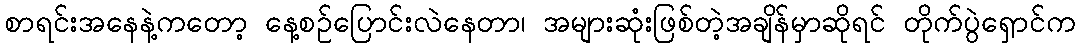
စာရင်းအနေနဲ့ကတော့ နေ့စဉ်ပြောင်းလဲနေတာ၊ အများဆုံးဖြစ်တဲ့အချိန်မှာဆိုရင် တိုက်ပွဲရှောင်က